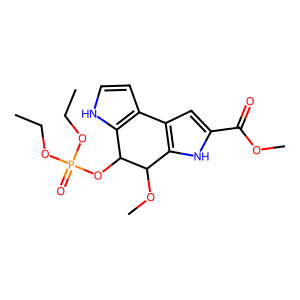
SMILES: CCOP(=O)(OCC)OC1c2[nH]ccc2-c2cc(C(=O)OC)[nH]c2C1OC
Inhibits HIV replication: No